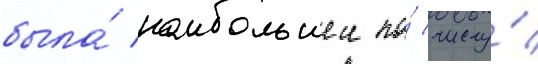
была́ наибольшеи по́ числу́